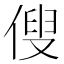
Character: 傁